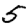
Digit: 5